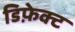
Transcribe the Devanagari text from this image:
डिफ़ेक्ट